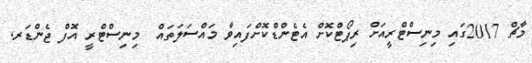
މާޗް 2017ގައި މިނިސްޓްރީއަށް ރިޕޯޓްކޮށް އެޓެންޑްކޮށްފައިވާ މައްސަލަތައް  މިނިސްޓްރީ އޮފް ޖެންޑަރ